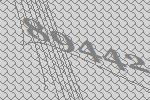
89442